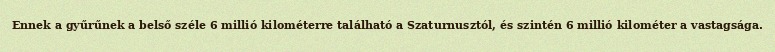
Ennek a gyűrűnek a belső széle 6 millió kilométerre található a Szaturnusztól, és szintén 6 millió kilométer a vastagsága.